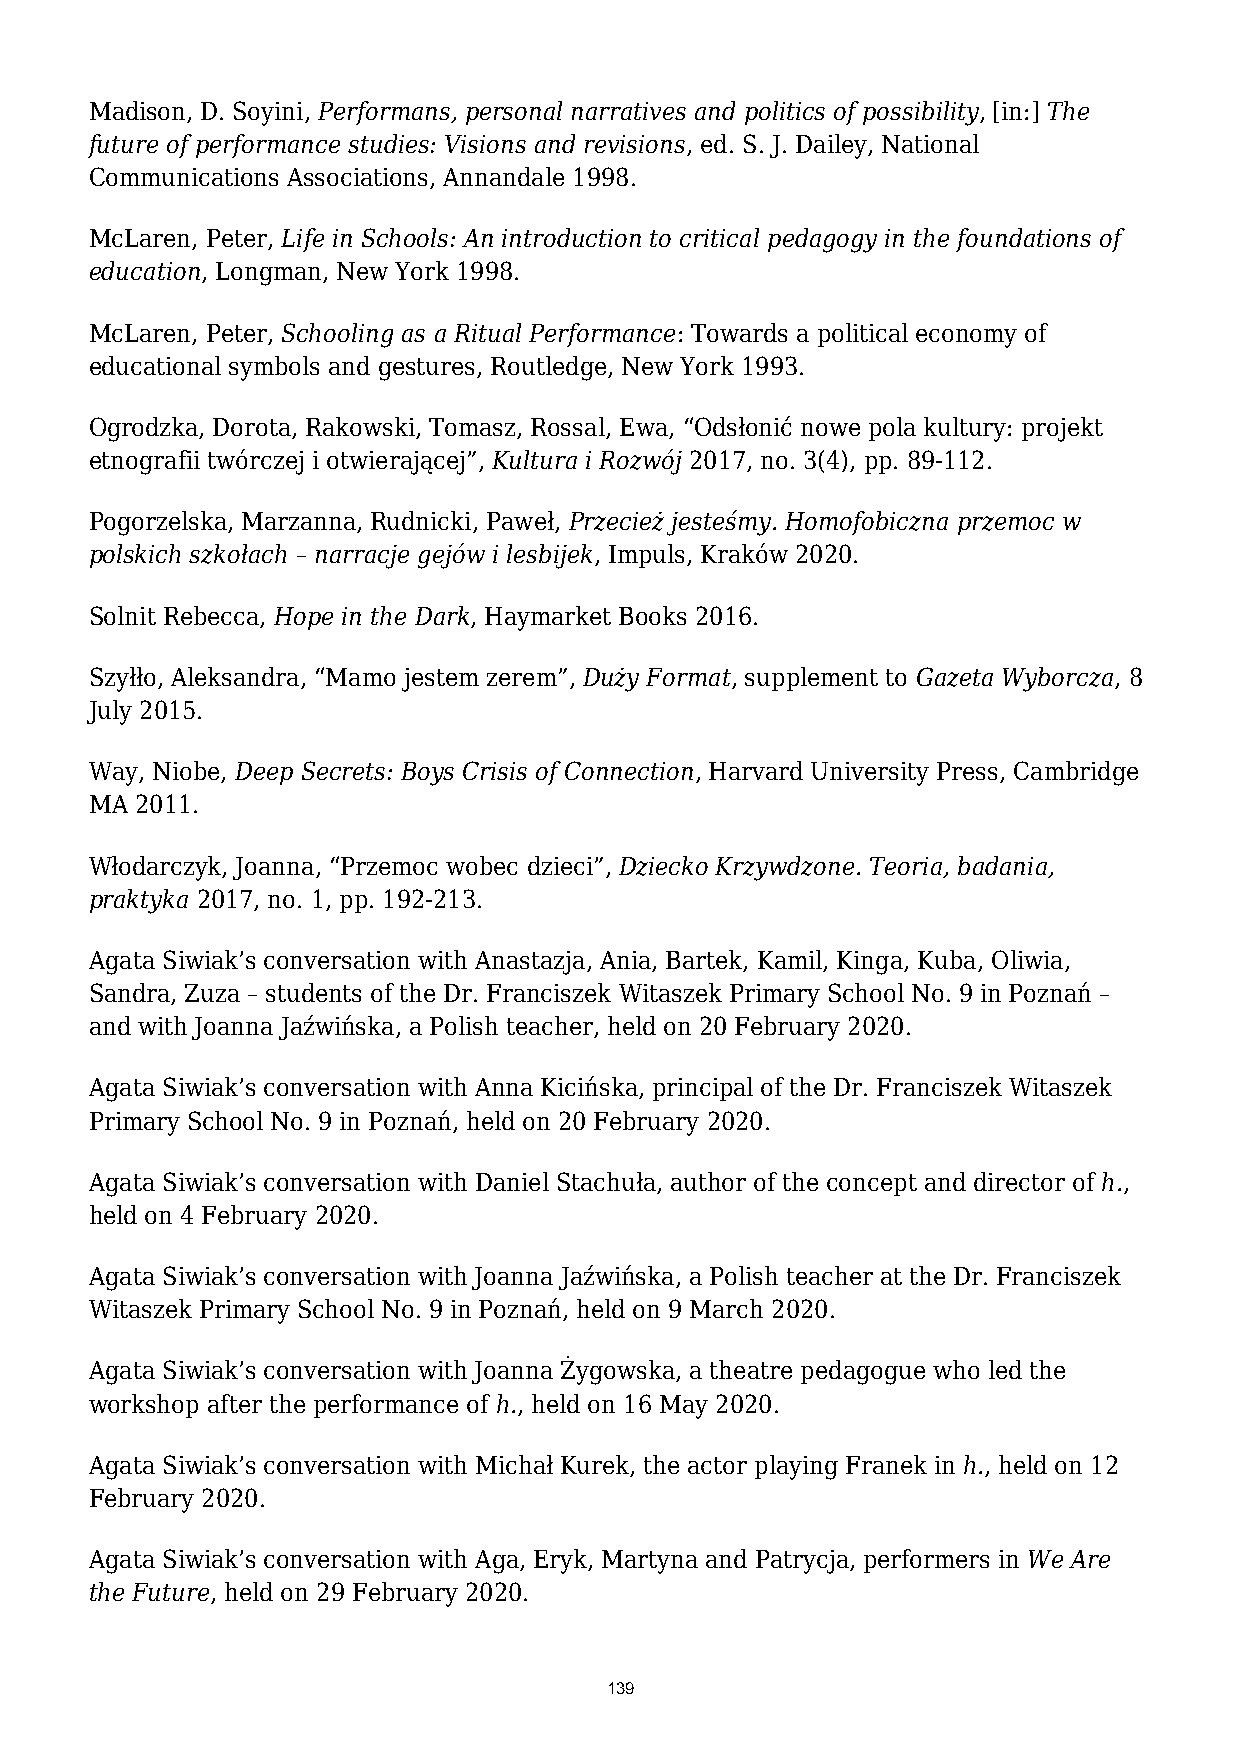
Madison, D. Soyini, Performans, personal narratives and politics of possibility, [in:] The
 future of performance studies: Visions and revisions, ed. S. J. Dailey, National
 Communications Associations, Annandale 1998.
 McLaren, Peter, Life in Schools: An introduction to critical pedagogy in the foundations of
 education, Longman, New York 1998.
 McLaren, Peter, Schooling as a Ritual Performance: Towards a political economy of
 educational symbols and gestures, Routledge, New York 1993.
 Ogrodzka, Dorota, Rakowski, Tomasz, Rossal, Ewa, “Odsłonić nowe pola kultury: projekt
 etnografii twórczej i otwierającej”, Kultura i Rozwój 2017, no. 3(4), pp. 89-112.
 Pogorzelska, Marzanna, Rudnicki, Paweł, Przecież jesteśmy. Homofobiczna przemoc w
 polskich szkołach – narracje gejów i lesbijek, Impuls, Kraków 2020.
 Solnit Rebecca, Hope in the Dark, Haymarket Books 2016.
 Szyłło, Aleksandra, “Mamo jestem zerem”, Duży Format, supplement to Gazeta Wyborcza, 8
 July 2015.
 Way, Niobe, Deep Secrets: Boys Crisis of Connection, Harvard University Press, Cambridge
 MA 2011.
 Włodarczyk, Joanna, “Przemoc wobec dzieci”, Dziecko Krzywdzone. Teoria, badania,
 praktyka 2017, no. 1, pp. 192-213.
 Agata Siwiak’s conversation with Anastazja, Ania, Bartek, Kamil, Kinga, Kuba, Oliwia,
 Sandra, Zuza – students of the Dr. Franciszek Witaszek Primary School No. 9 in Poznań –
 and with Joanna Jaźwińska, a Polish teacher, held on 20 February 2020.
 Agata Siwiak’s conversation with Anna Kicińska, principal of the Dr. Franciszek Witaszek
 Primary School No. 9 in Poznań, held on 20 February 2020.
 Agata Siwiak’s conversation with Daniel Stachuła, author of the concept and director of h.,
 held on 4 February 2020.
 Agata Siwiak’s conversation with Joanna Jaźwińska, a Polish teacher at the Dr. Franciszek
 Witaszek Primary School No. 9 in Poznań, held on 9 March 2020.
 Agata Siwiak’s conversation with Joanna Żygowska, a theatre pedagogue who led the
 workshop after the performance of h., held on 16 May 2020.
 Agata Siwiak’s conversation with Michał Kurek, the actor playing Franek in h., held on 12
 February 2020.
 Agata Siwiak’s conversation with Aga, Eryk, Martyna and Patrycja, performers in We Are
 the Future, held on 29 February 2020.
 139